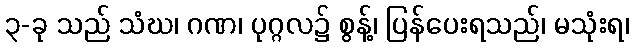
၃-ခု သည် သံဃ၊ ဂဏ၊ ပုဂ္ဂလ၌ စွန့်၊ ပြန်ပေးရသည်၊ မသုံးရ၊